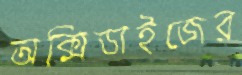
অক্সিডাইজের